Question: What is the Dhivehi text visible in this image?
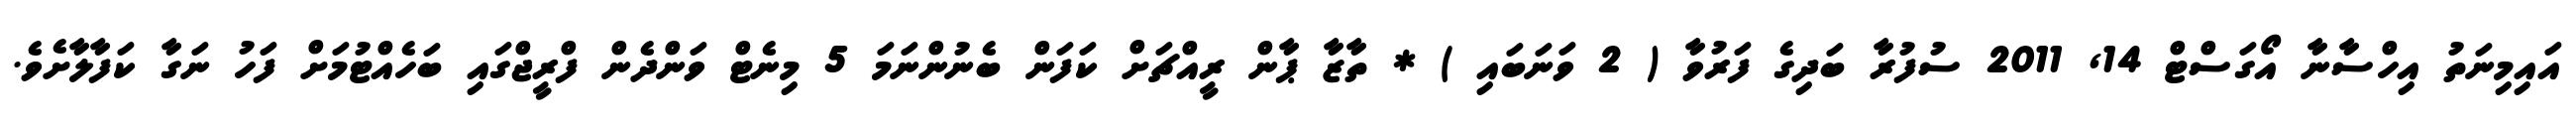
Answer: އައިމިނަތު އިހްސާނާ އޯގަސްޓް 14, 2011 ސުފުރާ ބަދިގެ ފަރުވާ ( 2 ވަނަބައި ) * ތާޒާ ޕާން ރީއްޗަށް ކަފަން ބެނުންނަމަ 5 މިނެޓް ވަންދެން ފްރީޖްގައި ބަހެއްޓުމަށް ފަހު ނަގާ ކަފާލާށެވެ.